Source: Handwritten
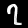
Digit: ၇ (7)